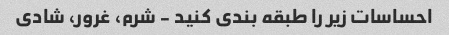
احساسات زیر را طبقه بندی کنید - شرم، غرور، شادی